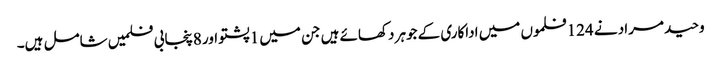
وحید مراد نے 124فلموں میں اداکاری کے جوہر دکھائے ہیں جن میں 1پشتو اور 8پنجابی فلمیں شامل ہیں۔